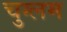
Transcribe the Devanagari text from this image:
चुग्लम